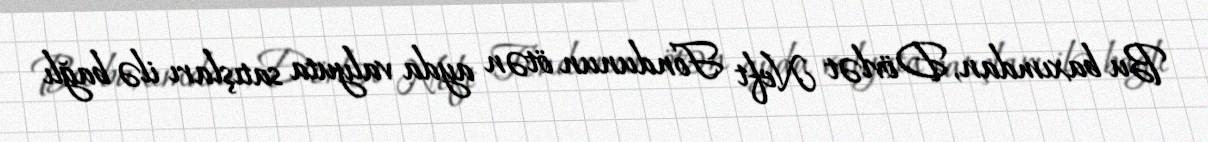
Bu baxımdan, Dövlət Neft Fondunun ötən ayda valyuta satışları ilə bağlı